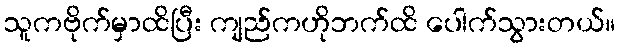
သူကဗိုက်မှာထိပြီး ကျည်ကဟိုဘက်ထိ ပေါက်သွားတယ်။